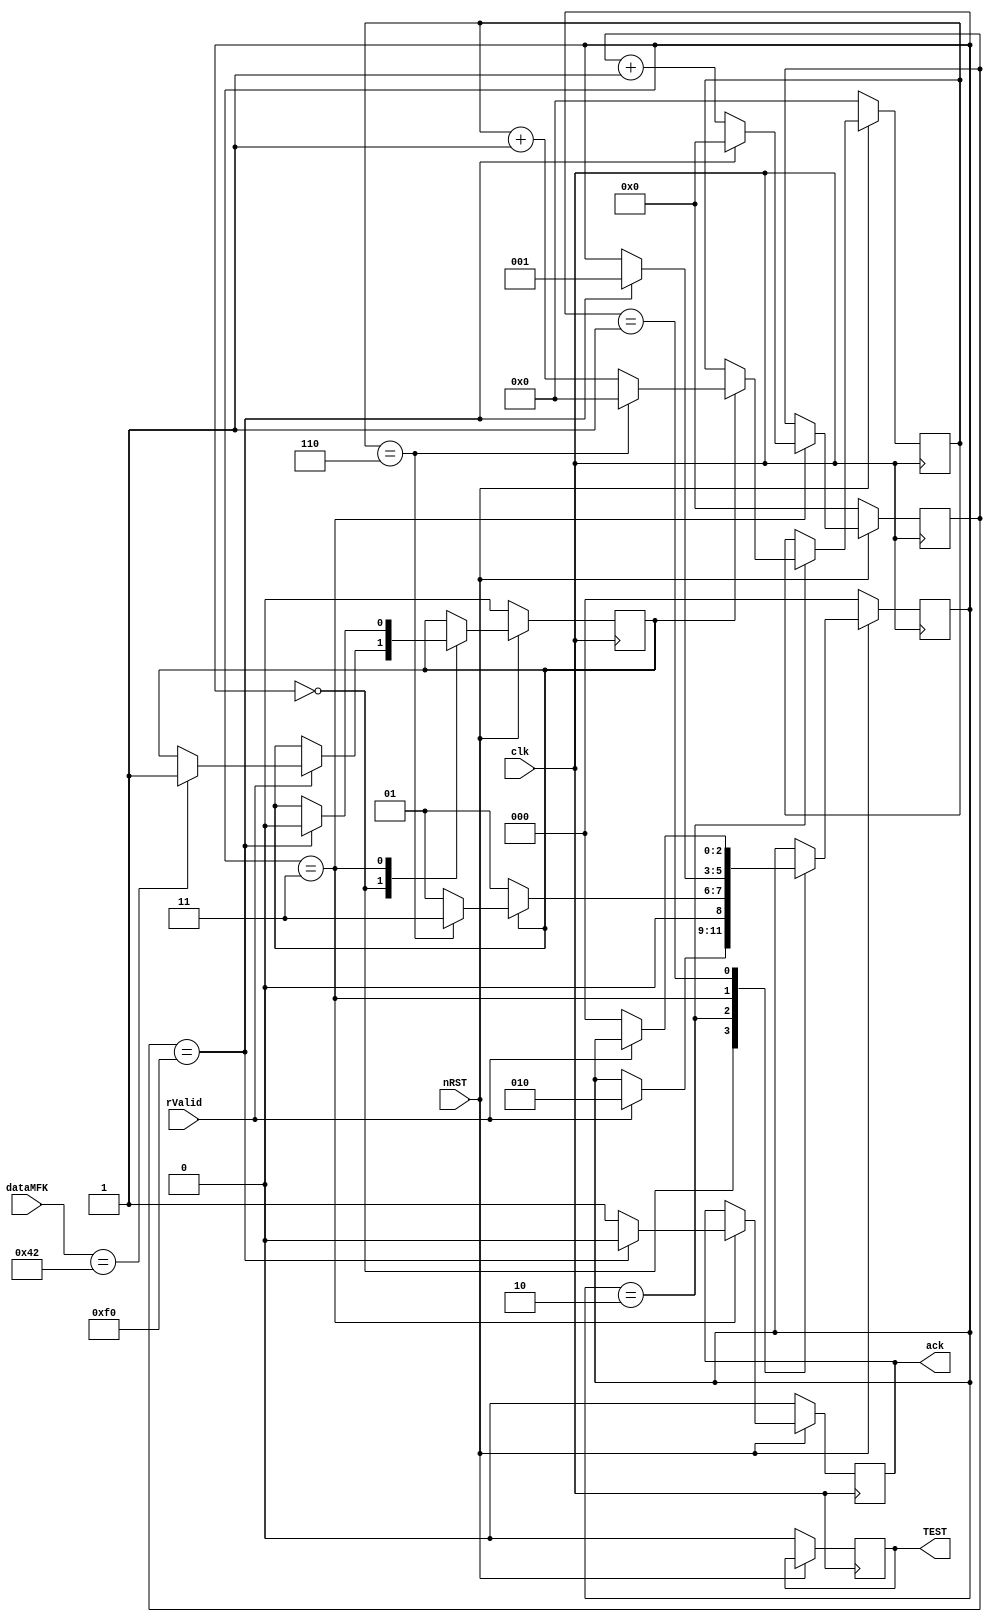
module req_RS485(clk, dataMFK, rValid, nRST, ack, TEST);
input clk;
input rValid;
input [7:0] dataMFK;
input nRST;
output reg ack, TEST;
reg [3:0] cntReq;
reg [2:0] state;
reg [7:0] cntclk;
reg  ENcnt;

`define WAIT 0
`define READY 1
`define COUNT_VALID 2
`define RESET 3

always@(posedge clk)
begin
	if(nRST == 1'b0) begin
		ack <= 1'b0;
		cntReq <= 3'b0;
		TEST <= 1'b0;
		ENcnt <= 1'b0;
		cntclk <= 8'b0;
		state <= 4'b0;
	end
	else 
	begin
		case(state)
		`WAIT:
		begin
			if(rValid)				
			begin
				if(dataMFK == 8'd66)
					ENcnt <= 1;
				state <= `COUNT_VALID;
			end
		end
		`COUNT_VALID:
		begin
			if(ENcnt) begin
				if(cntReq==6)
				begin
					state <= `RESET;
					cntReq <= 0;
				end
				else
				begin
					cntReq <= cntReq+1'b1;
					state <= `READY;
				end
			end
			else
				state <= `READY;
		end
		`RESET:
		begin
			if(cntclk == 240)
			begin
				ack <= 1'b0;
				ENcnt <= 0;
				cntclk <= 0;
				state <= `READY;
			end
			else
			begin
				cntclk <= cntclk+1'b1;
				ack <= 1'b1;
			end
		end
		`READY:
		begin
			if(~rValid)
				state <= `WAIT;
		end
		endcase
	end
end
endmodule		
		
		
//		case(state)
//		`WAIT:
//		begin
//			if(~ena)				
//			begin
//				state <= `COUNT ;
//			end
//		end
//		`COUNT:
//		begin
//			dirRX <= 1'b1;
//			if(pauseTX == 7'd200)
//			begin
//				state <= `DIR;
//				pauseTX <=0;
//			end
//			else
//				pauseTX <= pauseTX+1'b1;
//		end
//		`DIR:
//		begin
//			if(rstDir == 1)
//				
//			
//		end
//		`READY: 
//		begin
//			if(ena)
//			begin
//				state <= `WAIT ;
//			end
//		end
//